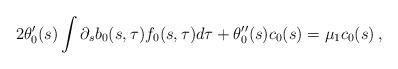
LaTeX: \begin{align*} 2 \theta_0'(s) \int \partial_s b_0 (s,\tau) f_0 (s,\tau) d\tau + \theta_0''(s) c_0(s) = \mu_1 c_0(s) \,,\end{align*}